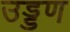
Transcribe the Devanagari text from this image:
उड्डण